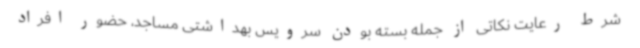
شرط رعایت نکاتی از جمله بسته بودن سرویس بهداشتی مساجد، حضور افراد